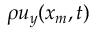
\rho u _ { y } ( x _ { m } , t )